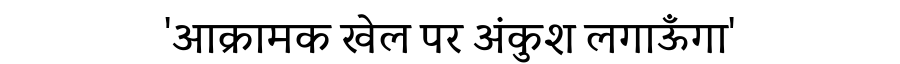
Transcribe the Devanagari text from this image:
'आक्रामक खेल पर अंकुश लगाऊँगा'